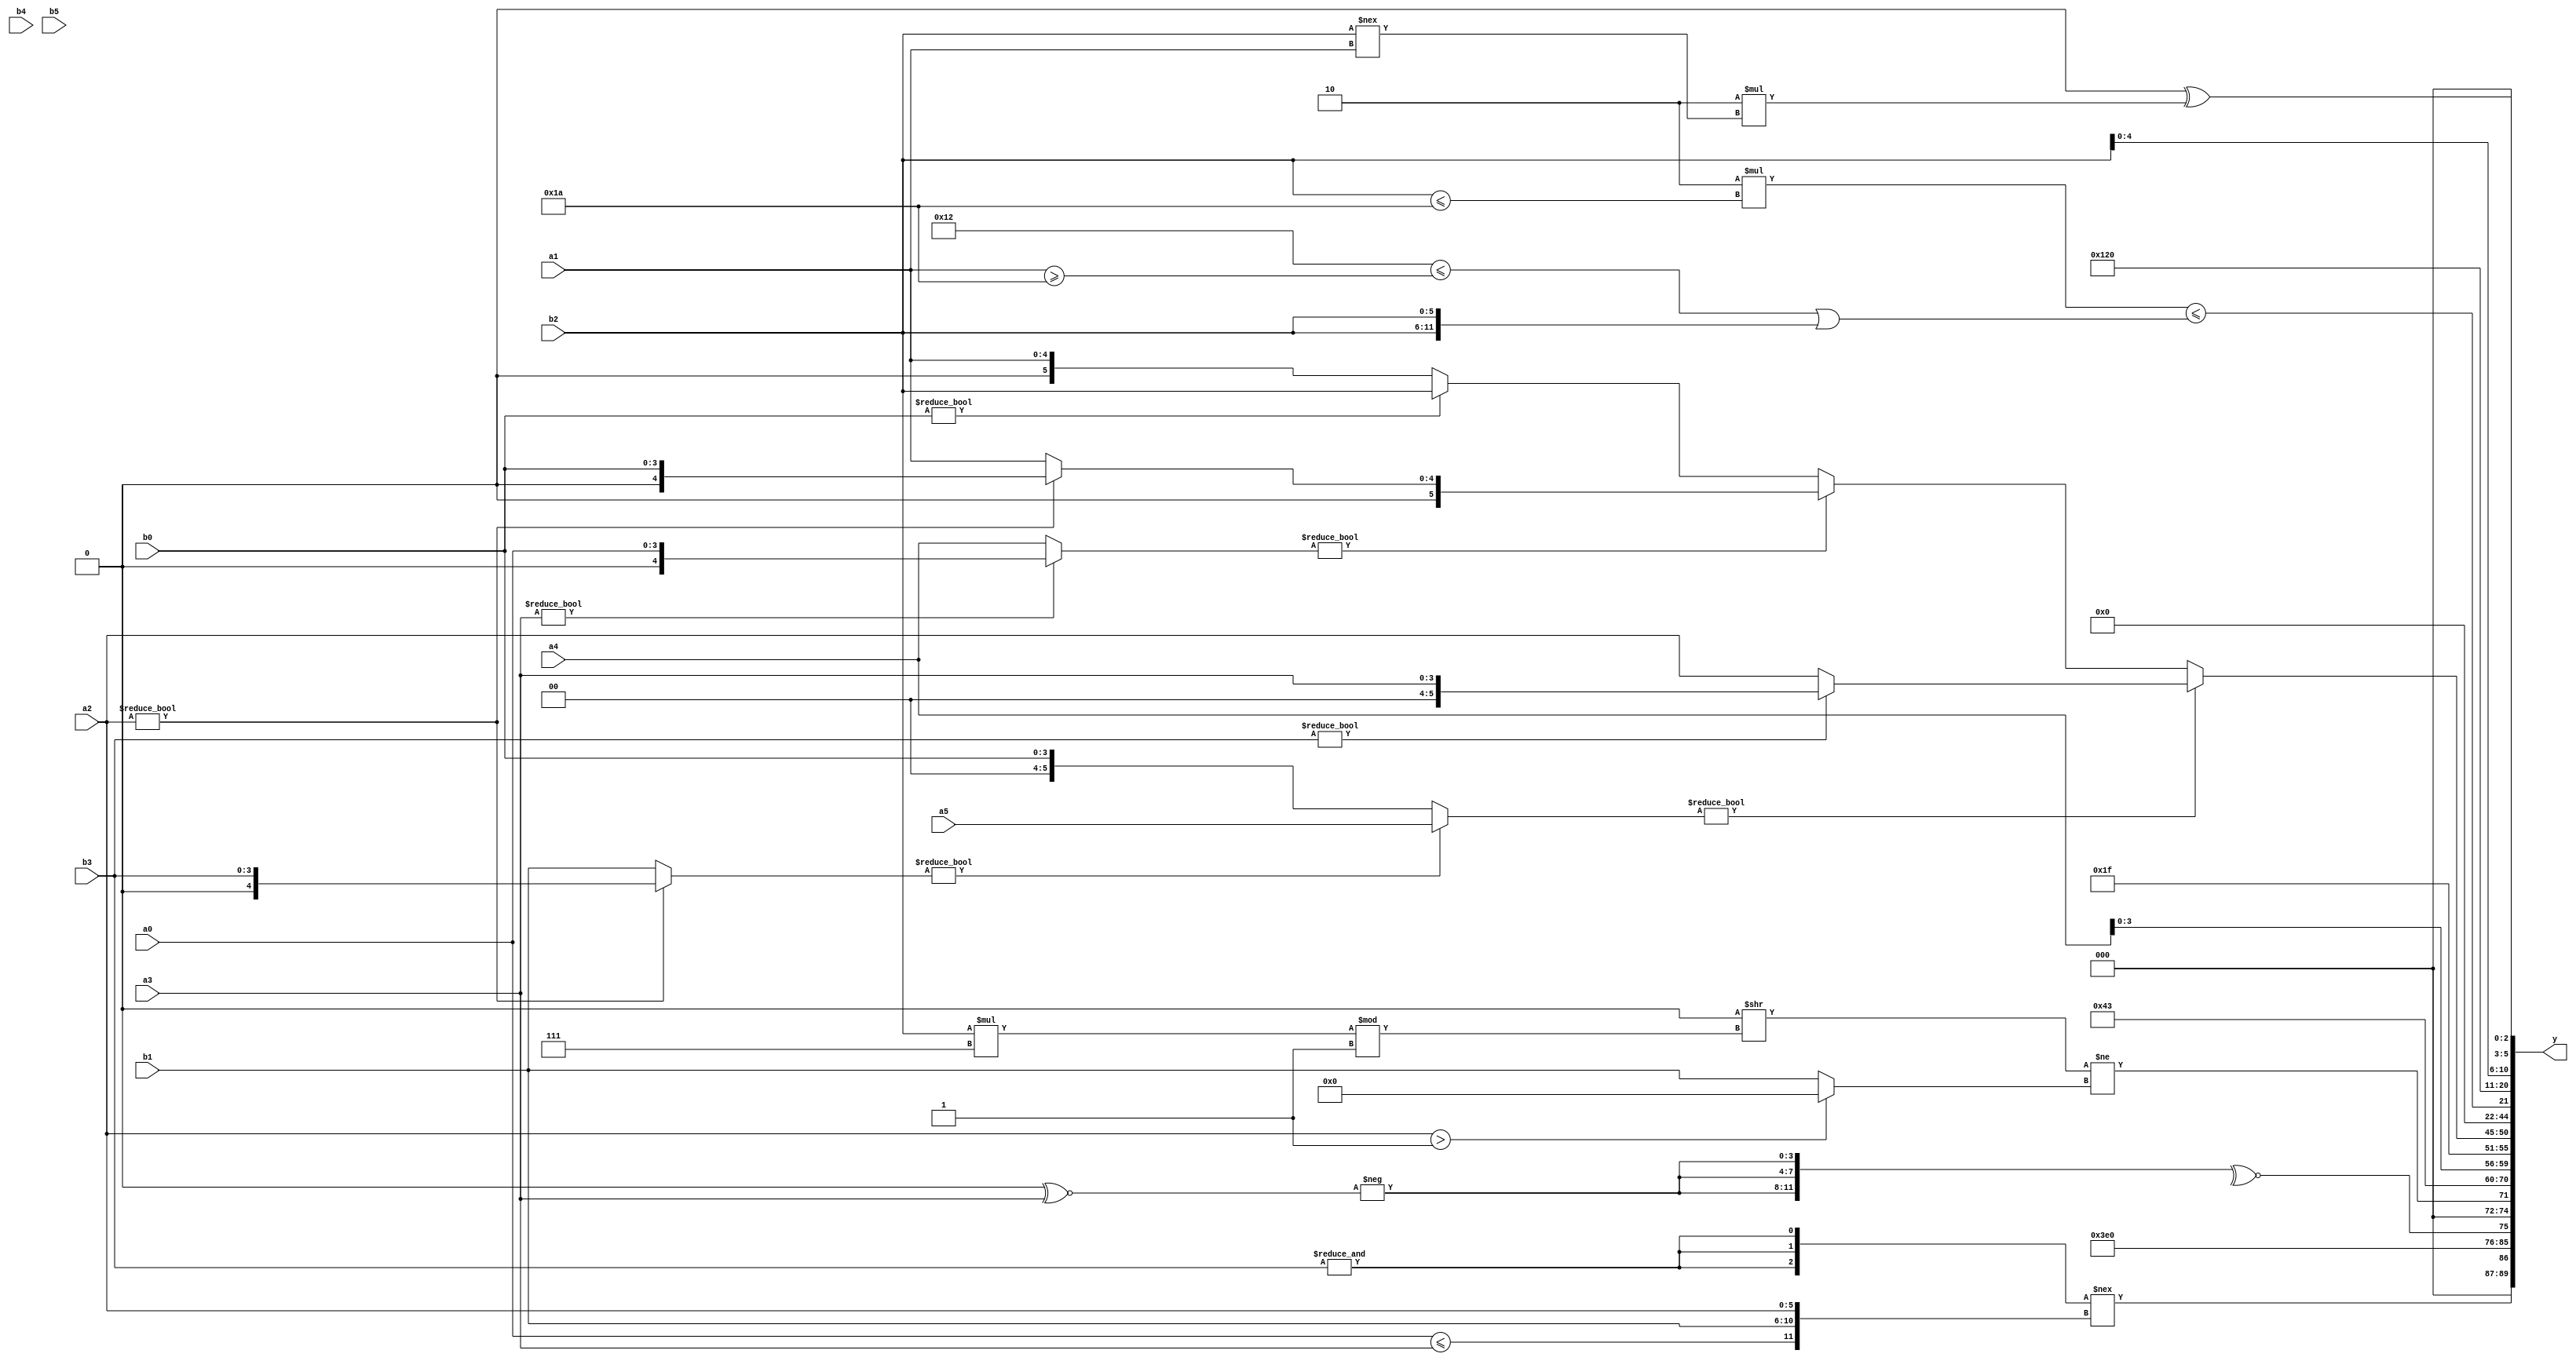
module expression_00348(a0, a1, a2, a3, a4, a5, b0, b1, b2, b3, b4, b5, y);
  input [3:0] a0;
  input [4:0] a1;
  input [5:0] a2;
  input signed [3:0] a3;
  input signed [4:0] a4;
  input signed [5:0] a5;

  input [3:0] b0;
  input [4:0] b1;
  input [5:0] b2;
  input signed [3:0] b3;
  input signed [4:0] b4;
  input signed [5:0] b5;

  wire [3:0] y0;
  wire [4:0] y1;
  wire [5:0] y2;
  wire signed [3:0] y3;
  wire signed [4:0] y4;
  wire signed [5:0] y5;
  wire [3:0] y6;
  wire [4:0] y7;
  wire [5:0] y8;
  wire signed [3:0] y9;
  wire signed [4:0] y10;
  wire signed [5:0] y11;
  wire [3:0] y12;
  wire [4:0] y13;
  wire [5:0] y14;
  wire signed [3:0] y15;
  wire signed [4:0] y16;
  wire signed [5:0] y17;

  output [89:0] y;
  assign y = {y0,y1,y2,y3,y4,y5,y6,y7,y8,y9,y10,y11,y12,y13,y14,y15,y16,y17};

  localparam [3:0] p0 = ({4{(3'd2)}}>>((5'd2)?(2'sd0):(5'sd5)));
  localparam [4:0] p1 = (((3'd6)?(4'sd5):(4'd2))^~(~|(5'd3)));
  localparam [5:0] p2 = (&((~|(^(!(|((3'd2)^~(5'd8))))))!==(~|(((3'd6)^~(3'd7))>>>(~^(5'd4))))));
  localparam signed [3:0] p3 = ((&(&(-3'sd3)))%(3'd1));
  localparam signed [4:0] p4 = (!{{2{(+{(3'd7),(4'sd5),(2'd0)})}},{1{({(2'd3),(5'd24)}?((2'd1)?(-4'sd6):(5'sd2)):(+(-5'sd15)))}}});
  localparam signed [5:0] p5 = (-2'sd0);
  localparam [3:0] p6 = ({3{{2{(3'sd1)}}}}^~({(2'd2)}<{3{(2'd0)}}));
  localparam [4:0] p7 = {((3'd6)?(2'd0):(2'd0)),((3'd1)?(5'd11):(-2'sd0)),((4'd5)>>>(4'd0))};
  localparam [5:0] p8 = (5'd18);
  localparam signed [3:0] p9 = ((3'd0)<<<(4'd13));
  localparam signed [4:0] p10 = {{(-4'sd6),{{{(5'd18),(4'sd0),(4'sd4)}}}}};
  localparam signed [5:0] p11 = (!(4'sd3));
  localparam [3:0] p12 = {1{(!(3'd5))}};
  localparam [4:0] p13 = ((((5'd6)==(4'd2))&&((5'd10)&&(5'd19)))>>(-4'sd3));
  localparam [5:0] p14 = (|((((2'd2)!=(2'd1))!=(~(4'd1)))|((&(4'd13))+((5'd10)>>(5'd30)))));
  localparam signed [3:0] p15 = {4{((4'd14)^~(4'sd5))}};
  localparam signed [4:0] p16 = (^{(&{{(2'd3)},{(3'd2),(2'd1)}}),{((-4'sd4)===(4'sd2)),(~&(4'sd3))}});
  localparam signed [5:0] p17 = {1{(4'd7)}};

  assign y0 = {(({3{(&b3)}}!=={(a0<=a3),{b1,a2}}))};
  assign y1 = (~((|(p1<<p8))|(|(&(p6*p0)))));
  assign y2 = (|(~^{1{{3{(-{1{(+(p12^~a3))}})}}}}));
  assign y3 = ((((p1&p2)>>>(p3-p6))>>((b2*p17)%p14))!=((a2>p14)?(p2>>p15):(p11?b3:b1)));
  assign y4 = ((p0>>>p7)+(~&p16));
  assign y5 = ((^(&p1))?(|(p7>p14)):(2'd3));
  assign y6 = ({1{{4{a4}}}});
  assign y7 = (-(~&p1));
  assign y8 = ($unsigned(($signed(((a2?b3:b1)?$unsigned(a5):$signed(b0)))?$unsigned(((b3)?(a3):$unsigned(a2))):((a3?a0:a4)?(a2?b0:a1):(b0?b2:a1)))));
  assign y9 = (|(!((p8>=p8)*(p8^~p10))));
  assign y10 = ((p10?b5:p4)?{p0,p12}:(p13?p1:p5));
  assign y11 = {1{{1{((~&$signed({1{(5'd31)}})))}}}};
  assign y12 = ((4'd4)===({(3'd3)}<=({b1,a1}<(3'sd2))));
  assign y13 = ((4'd2 * (b2<=p1))<=($signed(((p8<<<p11)<=(a1>=p1)))|{(b2),$signed(b2)}));
  assign y14 = ((-p16)?(+p8):(!p11));
  assign y15 = (p4?p10:p5);
  assign y16 = {{2{{2{b2}}}}};
  assign y17 = {2{({1{{3{p3}}}}^(6'd2 * (b2!==a1)))}};
endmodule